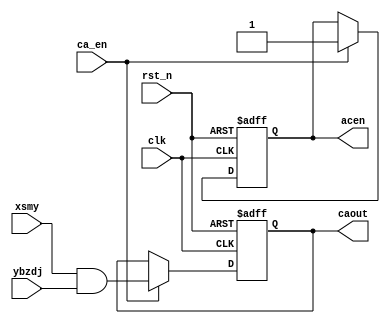
module caculate(
clk,
rst_n,
xsmy,
ybzdj,
ca_en,
caout,
acen
    );
  parameter N=128;     //
  
  input clk;         //
  input rst_n;       //
  input [N-1:0] xsmy;   //
  input [N-1:0] ybzdj;   //
  input  ca_en;     //
  output acen;             //
  output reg [N-1:0] caout=0;   //

  reg acen=0;

always@(posedge clk or negedge rst_n)
begin
  if(!rst_n)
    begin
       acen<=0;
       caout<=0;
    end
  else
    begin
       if(ca_en)
         begin
            caout<=xsmy&ybzdj;
            acen<=1;
         end
    end
     
end
 


endmodule